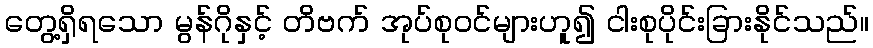
တွေ့ရှိရသော မွန်ဂိုနှင့် တိဗက် အုပ်စုဝင်များဟူ၍ ငါးစုပိုင်းခြားနိုင်သည်။